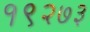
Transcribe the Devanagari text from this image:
१९२७३